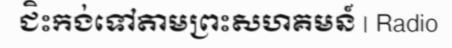
ជិះកង់ទៅតាមព្រះសហគមន៍ | Radio